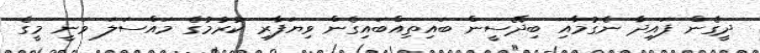
ދީގެން ފައިދާ ނެގުމާއި ބިދޭސީން ބައިތިއްބައިގެން ވިޔަފާރި ކުރުމުގެ މައްސަލަ ވަނީ މީގެ